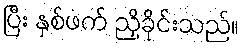
ပြီး နှစ်ဖက် ညှိခိုင်းသည်။